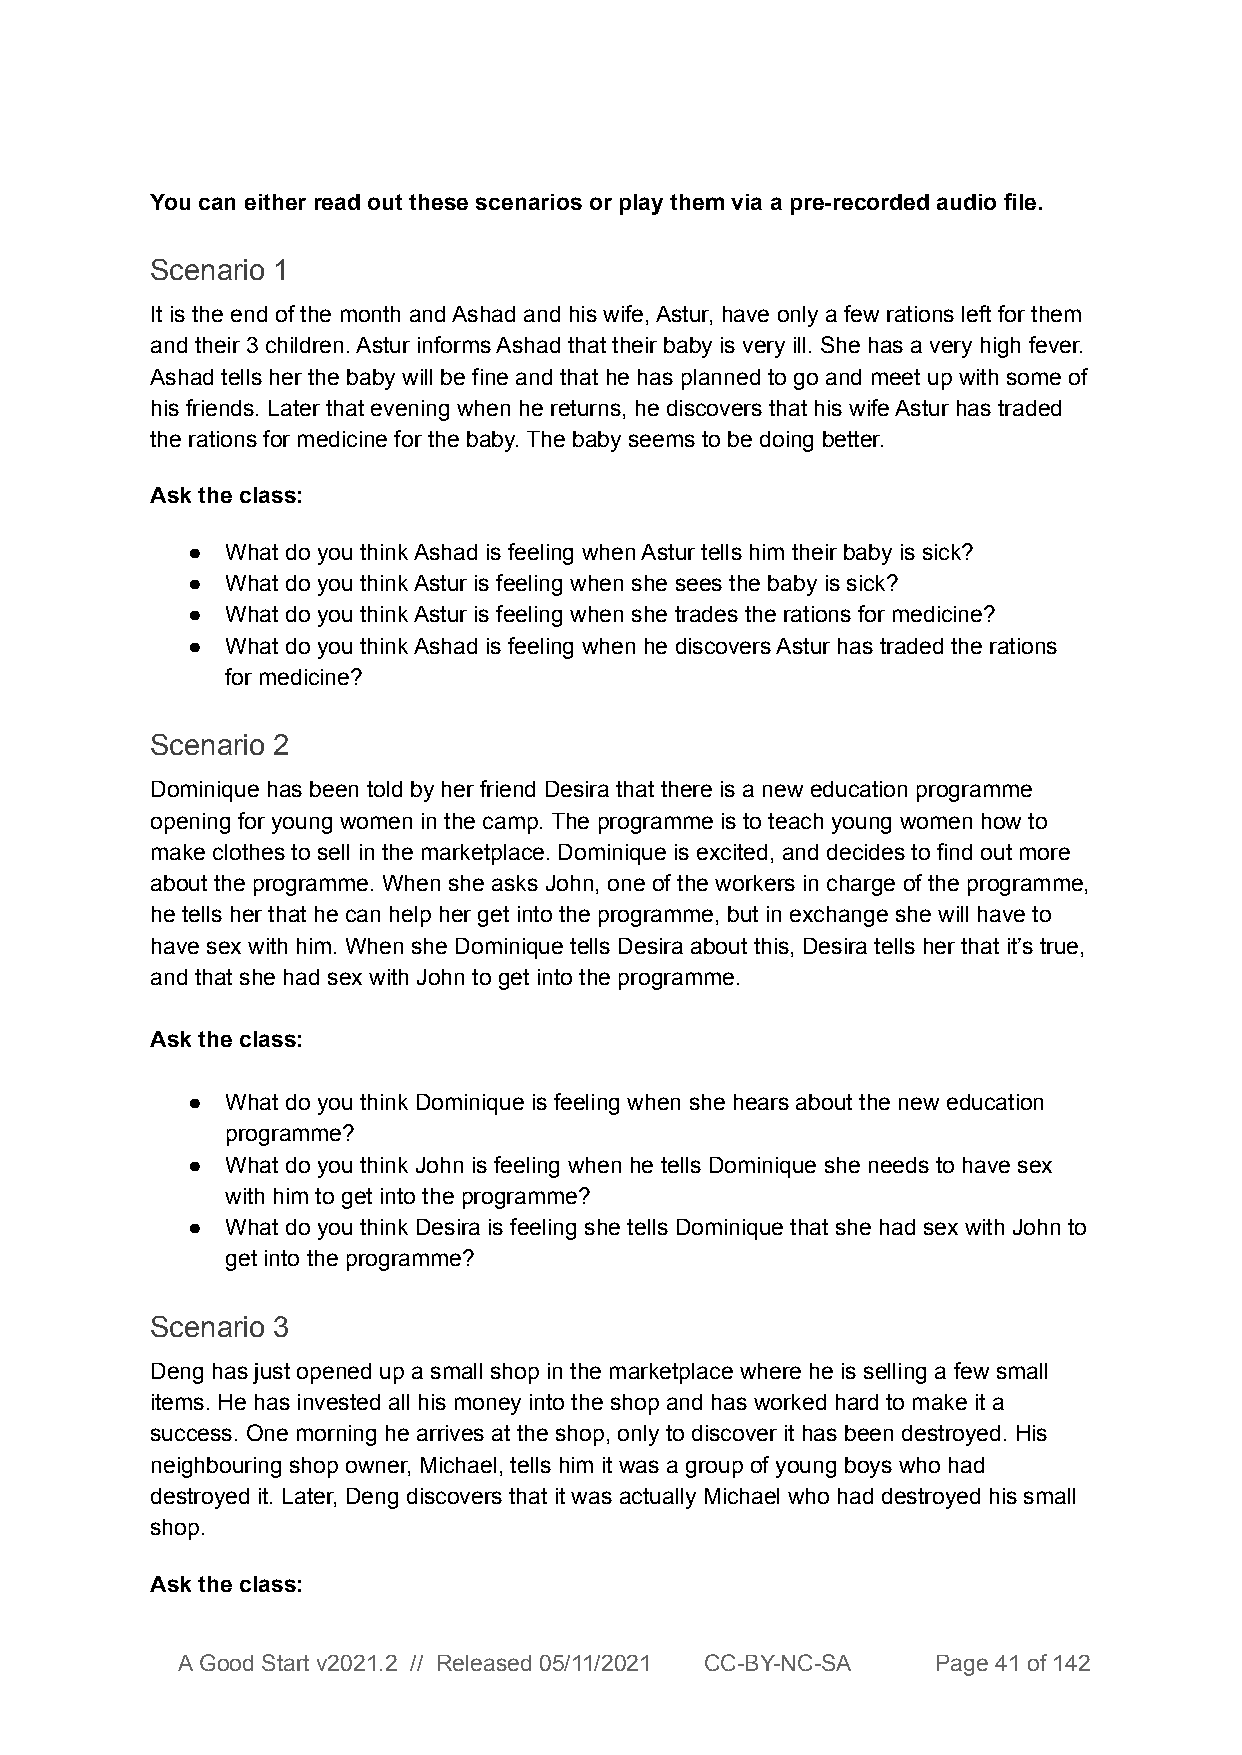
You can either read out these scenarios or play them via a pre-recorded audio file.
 Scenario 1
 It is the end of the month and Ashad and his wife, Astur, have only a few rations left for them
 and their 3 children. Astur informs Ashad that their baby is very ill. She has a very high fever.
 Ashad tells her the baby will be fine and that he has planned to go and meet up with some of
 his friends. Later that evening when he returns, he discovers that his wife Astur has traded
 the rations for medicine for the baby. The baby seems to be doing better.
 Ask the class:
 ●  What do you think Ashad is feeling when Astur tells him their baby is sick?
 ●  What do you think Astur is feeling when she sees the baby is sick?
 ●  What do you think Astur is feeling when she trades the rations for medicine?
 ●  What do you think Ashad is feeling when he discovers Astur has traded the rations
 for medicine?
 Scenario 2
 Dominique has been told by her friend Desira that there is a new education programme
 opening for young women in the camp. The programme is to teach young women how to
 make clothes to sell in the marketplace. Dominique is excited, and decides to find out more
 about the programme. When she asks John, one of the workers in charge of the programme,
 he tells her that he can help her get into the programme, but in exchange she will have to
 have sex with him. When she Dominique tells Desira about this, Desira tells her that it’s true,
 and that she had sex with John to get into the programme.
 Ask the class:
 ●  What do you think Dominique is feeling when she hears about the new education
 programme?
 ●  What do you think John is feeling when he tells Dominique she needs to have sex
 with him to get into the programme?
 ●  What do you think Desira is feeling she tells Dominique that she had sex with John to
 get into the programme?
 Scenario 3
 Deng has just opened up a small shop in the marketplace where he is selling a few small
 items. He has invested all his money into the shop and has worked hard to make it a
 success. One morning he arrives at the shop, only to discover it has been destroyed. His
 neighbouring shop owner, Michael, tells him it was a group of young boys who had
 destroyed it. Later, Deng discovers that it was actually Michael who had destroyed his small
 shop.
 Ask the class:
 A Good Start v2021.2 // Released 05/11/2021 CC-BY-NC-SA Page 41 of 142